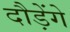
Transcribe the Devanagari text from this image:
दौड़ेंगे